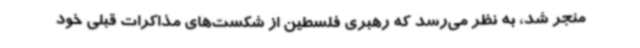
منجر شد، به نظر می‌رسد که رهبری فلسطین از شکست‌های مذاکرات قبلی خود